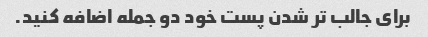
برای جالب تر شدن پست خود دو جمله اضافه کنید.